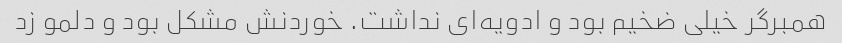
همبرگر خیلی ضخیم بود و ادویه‌ای نداشت. خوردنش مشکل بود و دلمو زد